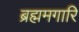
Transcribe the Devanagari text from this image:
ब्रह्ममगारि